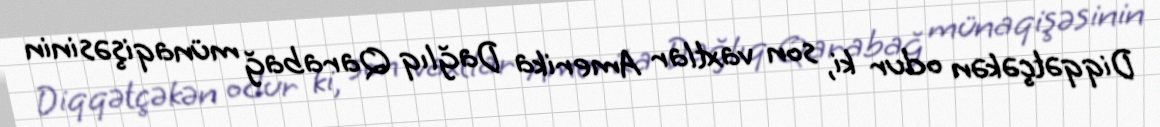
Diqqətçəkən odur ki, son vaxtlar Amerika Dağlıq Qarabağ münaqişəsinin